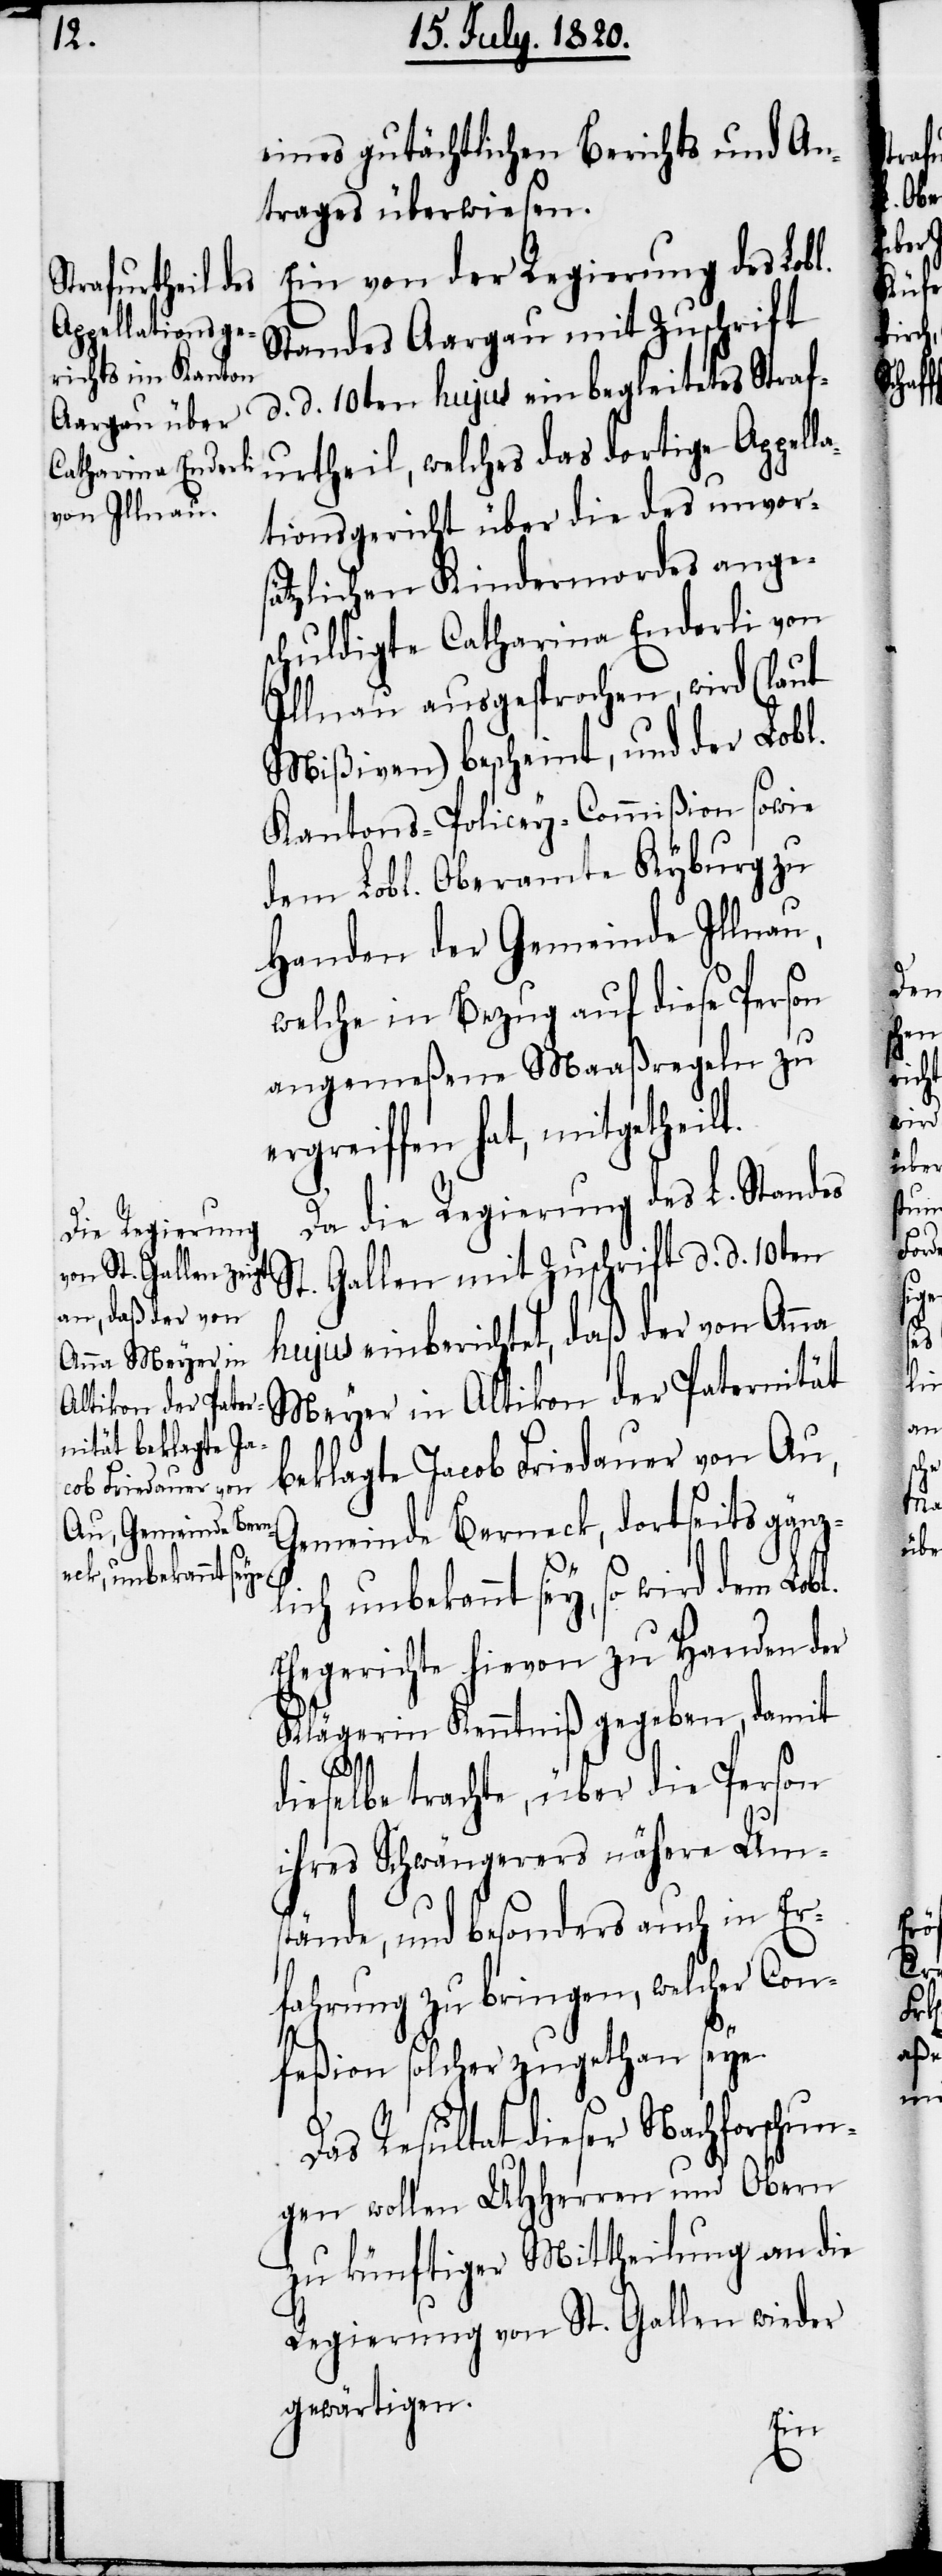
eines gutächtlichen Berichts und An¬
trages überwiesen.
Ein von der Regierung des Lobl.
Standes Aargau mit Zuschrift
d. d. 10ten hujus einbegleitetes Straf¬
urtheil, welches das dortige Appell¬
ationsgericht über die des unvor¬
sätzlichen Kindermordes ange¬
schuldigte Catharina Enderli von
Illnau ausgesprochen, wird (laut
Mißiven) bescheint, und der Lobl.
Kantons-Policey-Commißion sowie
dem Lobl. Oberamte Kyburg zu
Handen der Gemeinde Illnau,
welche in Bezug auf diese Person
angemeßene Maaßregeln zu
ergreiffen hat, mitgetheilt.
Da die Regierung des L. Standes
St. Gallen mit Zuschrift d. d. 10ten
hujus einberichtet, daß der von Anna
Meyer in Altikon der Paternität
beklagte Jacob Friedauer von Au,
Gemeinde Berneck, dortseits gänz¬
lich unbekannt sey, so wird dem Lob¬
Ehegerichte hievon zu Handen der
Klägerin Kenntniß gegeben, damit
auch
dieselbe trachte, über die Person
ihres Schwängerers nähere Um¬
fahrung zu bringen, welcher Con¬
feßion solcher zugethan seye.
Das Resultat dieser Nachforschun¬
gen wollen UHHerren und Obern
zu künftiger Mittheilung an die
Regierung von St. Gallen wieder
gewärtigen.

l.
in
Er¬